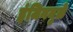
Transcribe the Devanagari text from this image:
इंजिनमुळे